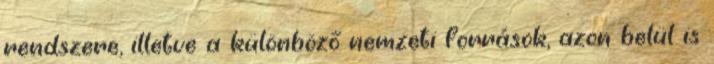
rendszere, illetve a különböző nemzeti források, azon belül is